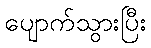
ပျောက်သွားပြီး